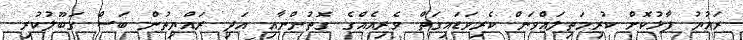
ރައުޔު ފާޅުކޮށް ކުރިމަތިލައްވަން ކެރިވަޑައިގަތް ވެރިއެއްގެ ގޮތުންނާއި އަދި ރައްޔިތުން ބަސް ގަބޫލުކުރި